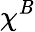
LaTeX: \chi^{\mathit{B}}